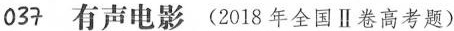
##$$0 3 7$$## 有声电影 (2018年全国Ⅱ卷高考题)